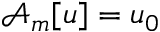
\mathcal { A } _ { m } [ u ] = u _ { 0 }